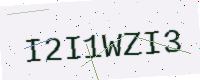
Text: I2I1WZI3